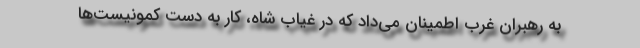
به رهبران غرب اطمینان می‌داد که در غیاب شاه، کار به دست کمونیست‌ها